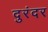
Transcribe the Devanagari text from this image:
दुरंदर